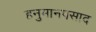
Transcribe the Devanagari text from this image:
हनुमानप्रसाद